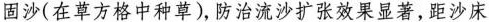
固沙(在草方格中种草)，防治流沙扩张效果显著，距沙床